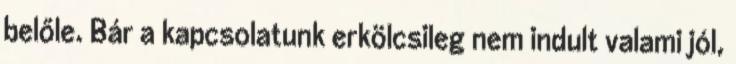
belőle. Bár a kapcsolatunk erkölcsileg nem indult valami jól,